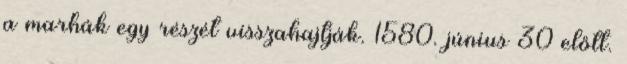
a marhák egy részét visszahajtják. 1580. június 30 előtt.